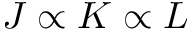
J \propto K \propto L